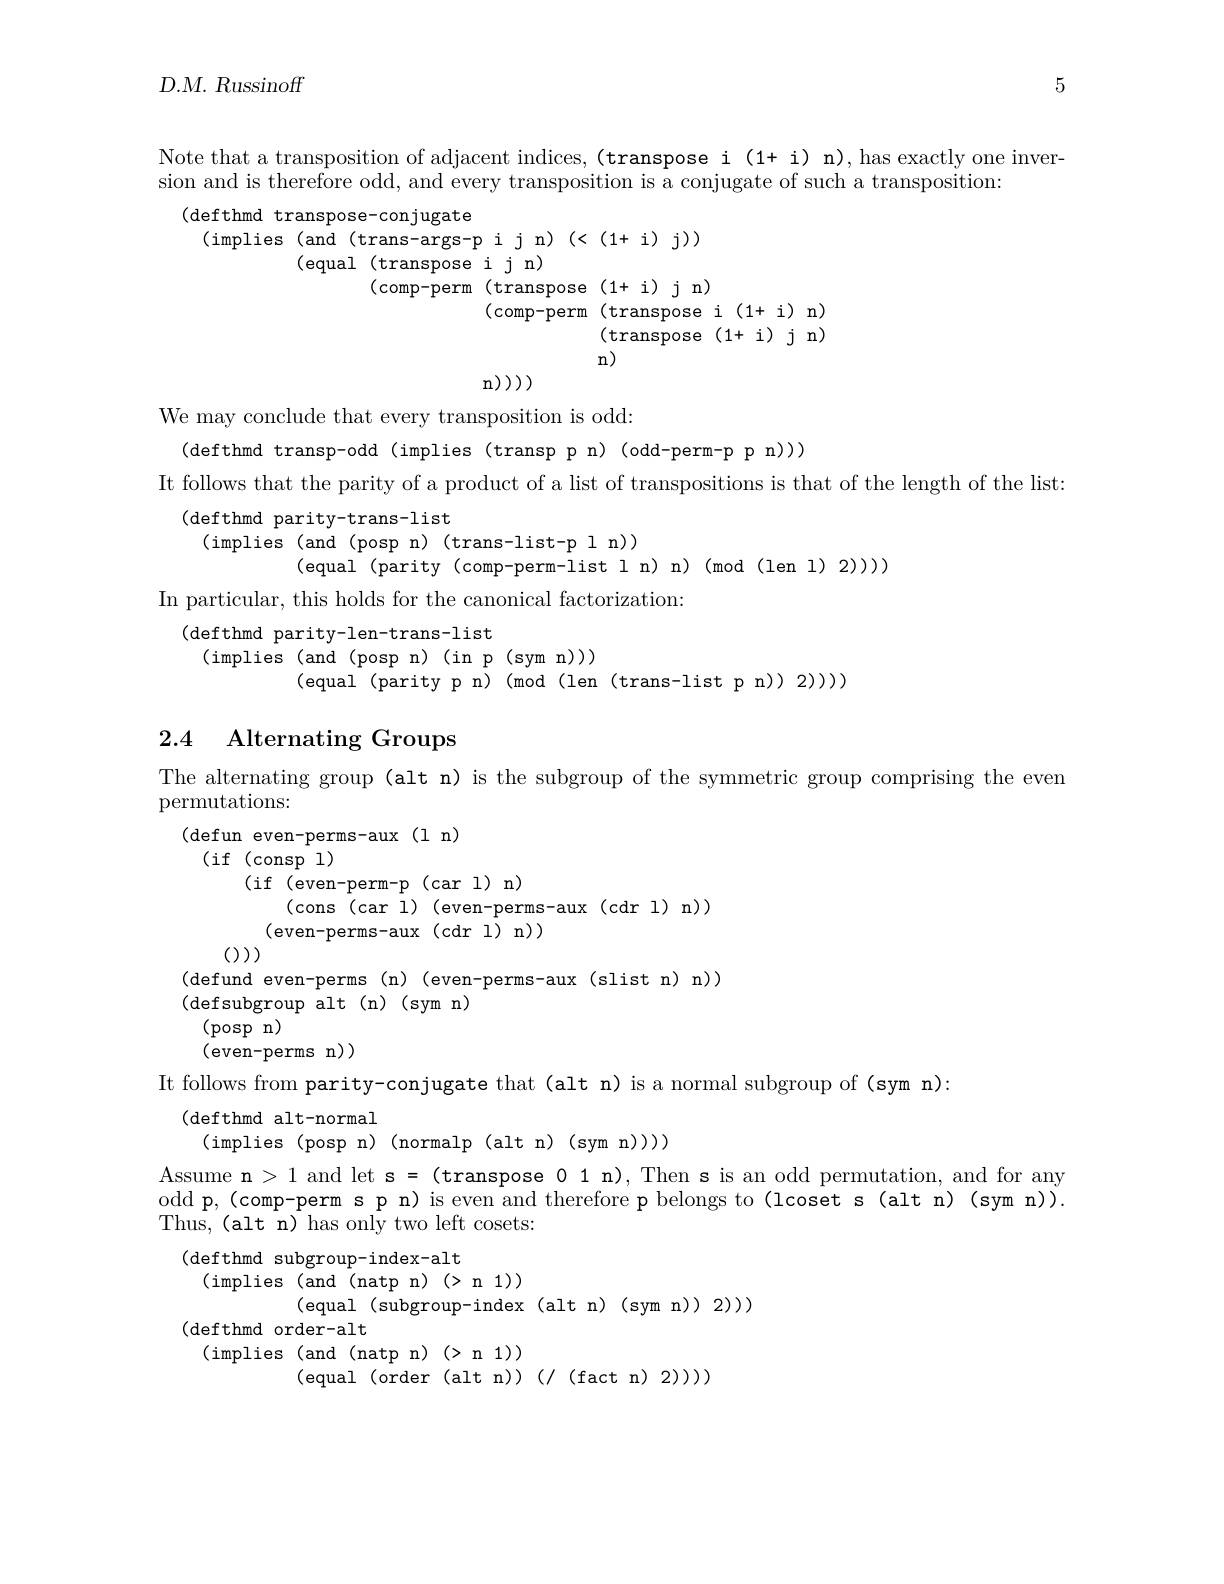
5

$D. M.$ Russinoff

Note that a transposition of adjacent indices,(transpose i(1+ i) n), has exactly one inver-
$\begin{aligned}\text{sion and is therefore odd, and every transposition is å conjugate of such a transposition:}\\\text{(defthmd transpose-conjugate}\\\text{(implies (and (trans-args-p i j n))(<(1+i) j))}\\&\text{(equal (transpose i j n)}\\&\text{(comp-perm (transpose (1+i) j n)}\\&\text{(comp-perm (t}\end{aligned}$

We may conclude that every transposition is odd
(defthmd transp-odd(implies(transppn)(odd-perm-ppn)))}{}.
It follows that the parity of a product of a list of transpositions is that of the length of the list:
(defthmd parity-trans-list
(implies (and(pospn)(trans-list-p1n))
(equal (parity (comp-perm-list l n) n)(mod(len l)2)))
In particular, this holds for the canonical factorization:
(defthmd parity-len-trans-list
(implies(and(pospn)(inp(symn)))
(equal(parity p n)(mod(len(trans-list p n))2)))

## 2.4 Alternating Groups

The alternating group (alt n) is the subgroup of the symmetric group comprising the even

permutations:

(defun even-perms-aux(1n)

(if(consp1)

(if(even-perm-p(car1)n)

(cons(car i) ( even- perms- aux ( cdr l) n) )

(even-perms-aux(cdr1)n)

())

(defund even-perms(n)(even-perms-aux(slist n)n))

(defsubgroupalt(n)(symn)

(pospn)
(even-perms$\textbf{n}) )$
It follows from parity-conjugate that(alt n) is a normal subgroup of (sym n):
(defthmd alt-normal
(implies(posp n)(normalp(alt n)(sym n))))
Assume n > 1 and let s = (transpose 0 1 n), Then s is an odd permutation, and for any odd p, (comp-perm s p n) is even and therefore p belongs to (lcoset s (alt n) (sym n)). Thus, (alt n) has only two left cosets:
(defthmd subgroup-index-alt
(implies(and(natpn)(>n1))
(equal(subgroup-index(altn)(sym(n))2)))
(defthmd order-alt
(implies(and(natpn)(>n1))
(equal(order(altn))(/(factn)2)))